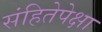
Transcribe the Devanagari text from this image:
संहितेपेक्षा